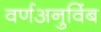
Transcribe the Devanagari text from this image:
वर्णअनुविंब